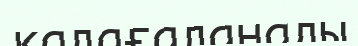
қадағаланады